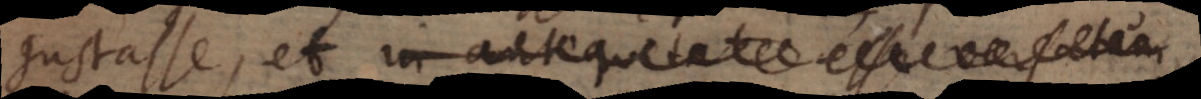
gustasse, et in antiquitate esse versatum,